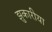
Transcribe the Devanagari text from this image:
झुकारीया